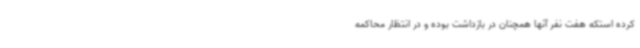
کرده استکه هفت نفر آنها همچنان در بازداشت بوده و در انتظار محاکمه